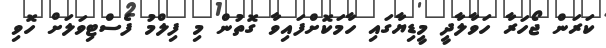
ކަރަން ޖޯހަރާ ހަވާލާދީ މީޑިޔާގައި ހާމަކޮށްފައިވާ ގޮތުން މި ފިލްމު ފެސްޓިވަލަށް ހޮވި